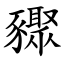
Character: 䝒